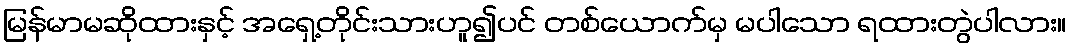
မြန်မာမဆိုထားနှင့် အရှေ့တိုင်းသားဟူ၍ပင် တစ်ယောက်မှ မပါသော ရထားတွဲပါလား။